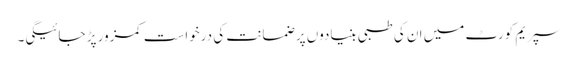
سپریم کورٹ میں ان کی طبی بنیادوں پر ضمانت کی درخواست کمزور پڑ جائیگی۔